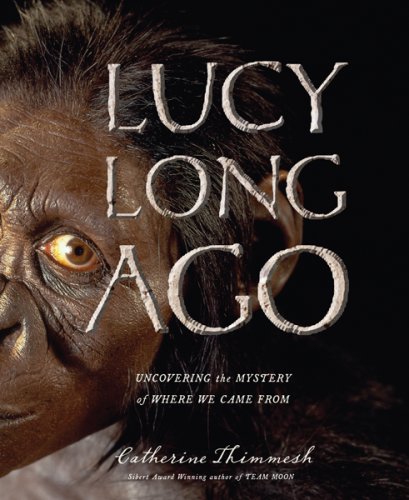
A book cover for Lucy Long Ago: Uncovering the Mystery of Where We Came From; Catherine Thimmesh; Children's Books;